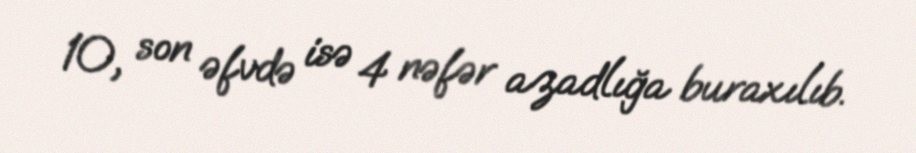
10, son əfvdə isə 4 nəfər azadlığa buraxılıb.